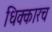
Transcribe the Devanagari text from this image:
धिक्कारच